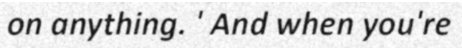
on anything. ' And when you're